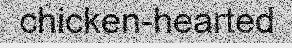
chicken-hearted